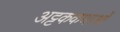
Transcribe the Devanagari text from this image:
अट्टककथाओं